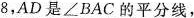
8,AD是∠BAC的平分线，